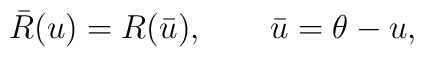
\bar{R}(u)=R(\bar u), \qquad \bar{u}=\theta-u,